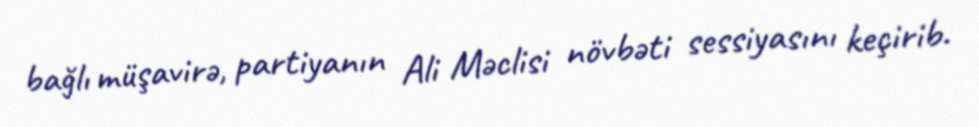
bağlı müşavirə, partiyanın Ali Məclisi növbəti sessiyasını keçirib.